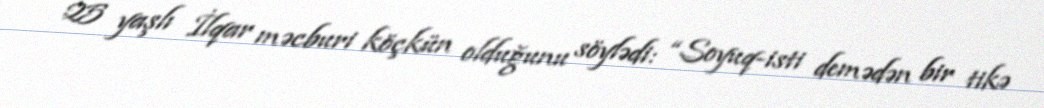
25 yaşlı İlqar məcburi köçkün olduğunu söylədi: “Soyuq-isti demədən bir tikə